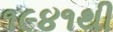
૧૯૪૧થી